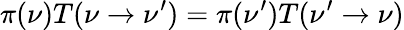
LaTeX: \pi(\nu)T(\nu\to\nu^{\prime})=\pi(\nu^{\prime})T(\nu^{\prime}\to\nu)